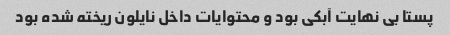
پستا بی نهایت آبکی بود و محتوایات داخل نایلون ریخته شده بود